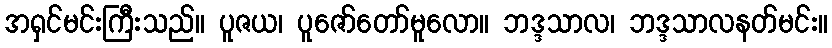
အရှင်မင်းကြီးသည်။ ပူဇယ၊ ပူဇော်တော်မူလော။ ဘဒ္ဒသာလ၊ ဘဒ္ဒသာလနတ်မင်း။